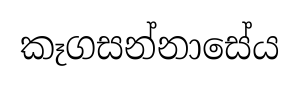
කෑගසන්නාසේය